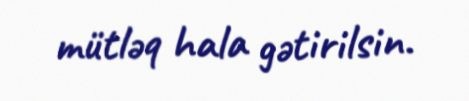
mütləq hala gətirilsin.